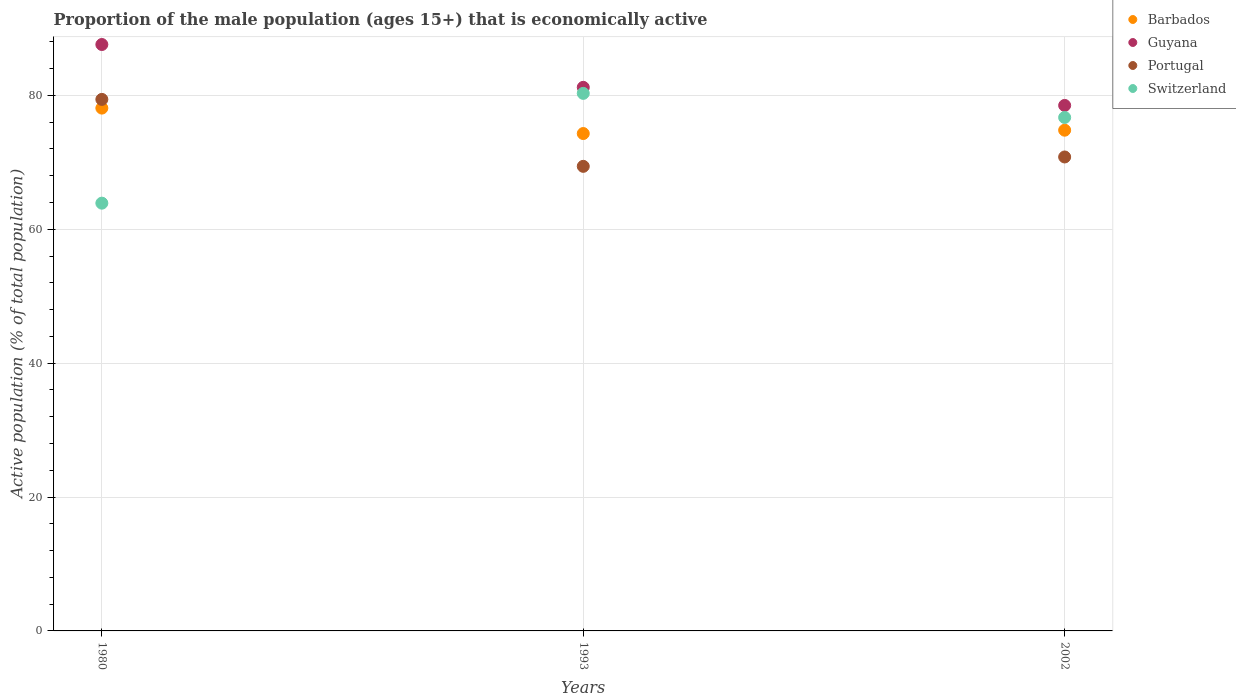
| Years | Barbados | Guyana | Portugal | Switzerland |
 | --- | --- | --- | --- | --- |
 | 1980 | 78.1 | 87.6 | 79.4 | 63.9 |
 | 1993 | 74.3 | 81.2 | 69.4 | 80.3 |
 | 2002 | 74.8 | 78.5 | 70.8 | 76.7 |